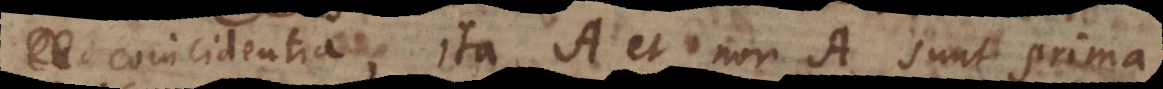
a coincidentia, ita A et non‐A sunt prima